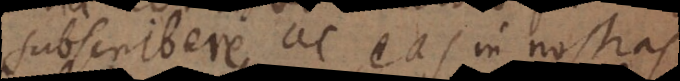
subscribere ac eas in nostras